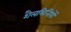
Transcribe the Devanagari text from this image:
शैलभित्तियों